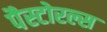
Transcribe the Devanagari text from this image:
पैस्टोरल्स